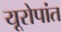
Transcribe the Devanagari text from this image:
यूरोपांत